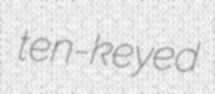
ten-keyed